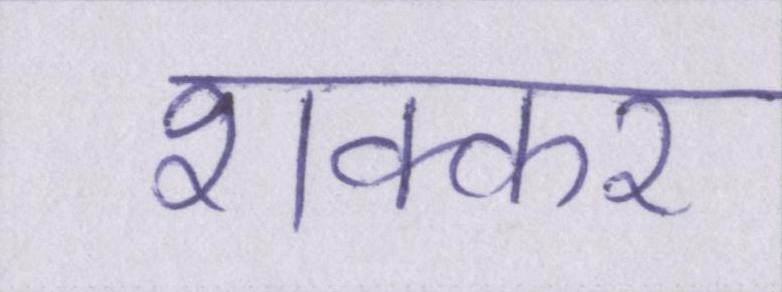
शक्कर